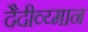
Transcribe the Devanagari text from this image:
दैदीव्य्मान